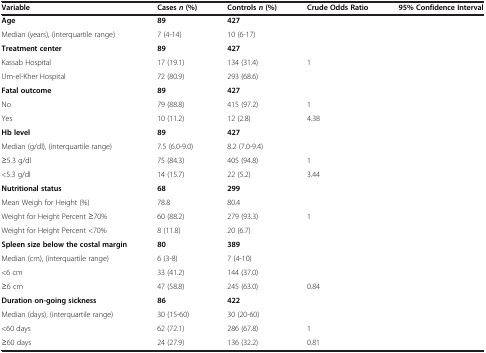
<table><thead><tr><td><b>Variable</b></td><td><b>Cases <i>n </i>(%)</b></td><td><b>Controls <i>n </i>(%)</b></td><td><b>Crude Odds Ratio</b></td><td><b>95% Confidence Interval</b></td></tr></thead><tbody><tr><td><b>Age</b></td><td><b>89</b></td><td><b>427</b></td><td>[EMPTY_CELL]</td><td>[EMPTY_CELL]</td></tr><tr><td>Median (years), (interquartile range)</td><td>7 (4-14)</td><td>10 (6-17)</td><td>[EMPTY_CELL]</td><td>[EMPTY_CELL]</td></tr><tr><td><b>Treatment center</b></td><td><b>89</b></td><td><b>427</b></td><td>[EMPTY_CELL]</td><td>[EMPTY_CELL]</td></tr><tr><td>Kassab Hospital</td><td>17 (19.1)</td><td>134 (31.4)</td><td>1</td><td>[EMPTY_CELL]</td></tr><tr><td>Um-el-Kher Hospital</td><td>72 (80.9)</td><td>293 (68.6)</td><td>[EMPTY_CELL]</td><td>[EMPTY_CELL]</td></tr><tr><td><b>Fatal outcome</b></td><td><b>89</b></td><td><b>427</b></td><td>[EMPTY_CELL]</td><td>[EMPTY_CELL]</td></tr><tr><td>No</td><td>79 (88.8)</td><td>415 (97.2)</td><td>1</td><td>[EMPTY_CELL]</td></tr><tr><td>Yes</td><td>10 (11.2)</td><td>12 (2.8)</td><td>4.38</td><td>[EMPTY_CELL]</td></tr><tr><td><b>Hb level</b></td><td><b>89</b></td><td><b>427</b></td><td>[EMPTY_CELL]</td><td>[EMPTY_CELL]</td></tr><tr><td>Median (g/dl), (interquartile range)</td><td>7.5 (6.0-9.0)</td><td>8.2 (7.0-9.4)</td><td>[EMPTY_CELL]</td><td>[EMPTY_CELL]</td></tr><tr><td>≥5.3 g/dl</td><td>75 (84.3)</td><td>405 (94.8)</td><td>1</td><td>[EMPTY_CELL]</td></tr><tr><td>&lt;5.3 g/dl</td><td>14 (15.7)</td><td>22 (5.2)</td><td>3.44</td><td>[EMPTY_CELL]</td></tr><tr><td><b>Nutritional status</b></td><td><b>68</b></td><td><b>299</b></td><td>[EMPTY_CELL]</td><td>[EMPTY_CELL]</td></tr><tr><td>Mean Weigh for Height (%)</td><td>78.8</td><td>80.4</td><td>[EMPTY_CELL]</td><td>[EMPTY_CELL]</td></tr><tr><td>Weight for Height Percent ≥70%</td><td>60 (88.2)</td><td>279 (93.3)</td><td>1</td><td>[EMPTY_CELL]</td></tr><tr><td>Weight for Height Percent &lt;70%</td><td>8 (11.8)</td><td>20 (6.7)</td><td>[EMPTY_CELL]</td><td>[EMPTY_CELL]</td></tr><tr><td><b>Spleen size below the costal margin</b></td><td><b>80</b></td><td><b>389</b></td><td>[EMPTY_CELL]</td><td>[EMPTY_CELL]</td></tr><tr><td>Median (cm), (interquartile range)</td><td>6 (3-8)</td><td>7 (4-10)</td><td>[EMPTY_CELL]</td><td>[EMPTY_CELL]</td></tr><tr><td>&lt;6 cm</td><td>33 (41.2)</td><td>144 (37.0)</td><td>[EMPTY_CELL]</td><td>[EMPTY_CELL]</td></tr><tr><td>≥6 cm</td><td>47 (58.8)</td><td>245 (63.0)</td><td>0.84</td><td>[EMPTY_CELL]</td></tr><tr><td><b>Duration on-going sickness</b></td><td><b>86</b></td><td><b>422</b></td><td>[EMPTY_CELL]</td><td>[EMPTY_CELL]</td></tr><tr><td>Median (days), (interquartile range)</td><td>30 (15-60)</td><td>30 (20-60)</td><td>[EMPTY_CELL]</td><td>[EMPTY_CELL]</td></tr><tr><td>&lt;60 days</td><td>62 (72.1)</td><td>286 (67.8)</td><td>1</td><td>[EMPTY_CELL]</td></tr><tr><td>≥60 days</td><td>24 (27.9)</td><td>136 (32.2)</td><td>0.81</td><td>[EMPTY_CELL]</td></tr></tbody></table>